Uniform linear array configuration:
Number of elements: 48
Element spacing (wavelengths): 0.75
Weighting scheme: exponential
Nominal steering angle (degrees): -45
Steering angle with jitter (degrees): -45.297
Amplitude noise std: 0.05
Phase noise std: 0.05

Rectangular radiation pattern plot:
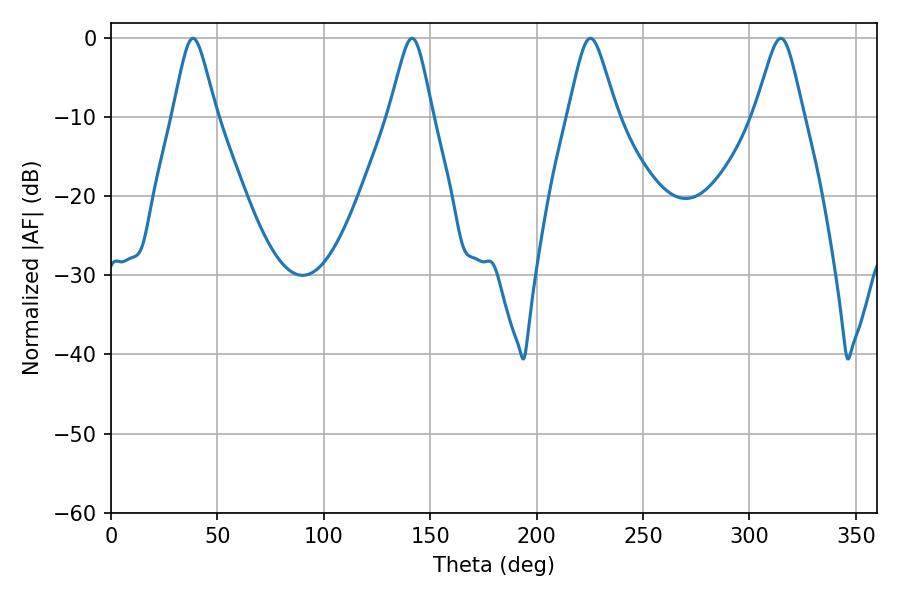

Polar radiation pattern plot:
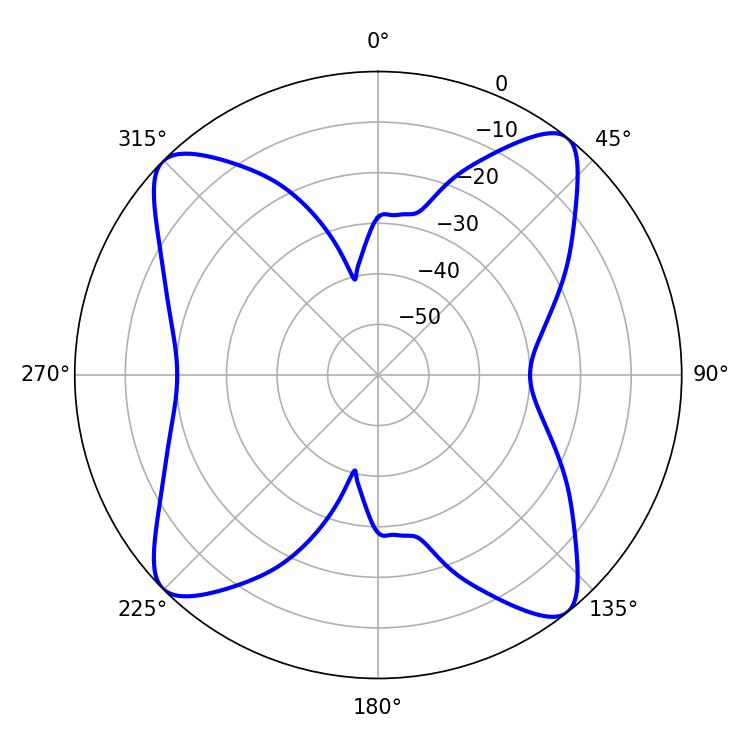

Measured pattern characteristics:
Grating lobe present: TRUE
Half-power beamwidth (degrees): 9.72
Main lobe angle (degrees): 38.52